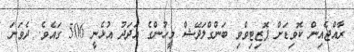
ރާއްޖެއިން ކޮވިޑަށް ޕޮޒިޓިވްވި ބަންގްލަދޭޝް މީހުންގެ އަދަދު އުޅެނީ 506 ގައެވެ. ދެވަނަ